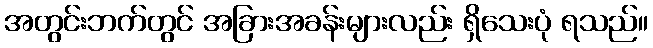
အတွင်းဘက်တွင် အခြားအခန်းများလည်း ရှိသေးပုံ ရသည်။